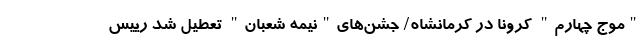
"موج چهارم" کرونا در کرمانشاه/ جشن‌های"نیمه شعبان" تعطیل شد رییس